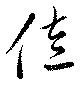
佐